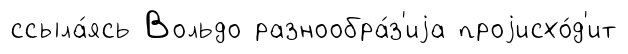
ссыла́ясь Вольдо разнообра́з'иjа проjисхо́д'ит